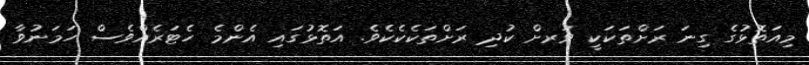
މިއަތޮޅުގެ ގިނަ ރަށްތަކަކީ ވަރށް ކުދި ރަށްތަކެކެކެވެ. އަތޮޅުގައި އެންމެ ހެޓަރެއްވެސް ހަމަނުވާ